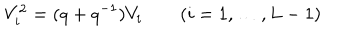
V _ { i } ^ { 2 } = ( q + q ^ { - 1 } ) V _ { i } \qquad ( i = 1 , \ldots , L - 1 )